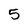
Character: 5